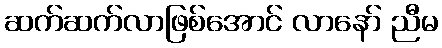
ဆက်ဆက်လာဖြစ်အောင် လာနော် ညီမ